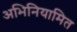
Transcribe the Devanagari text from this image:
अभिनियामित